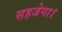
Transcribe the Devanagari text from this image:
सहजेगा।